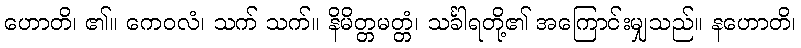
ဟောတိ၊ ၏။ ကေဝလံ၊ သက် သက်။ နိမိတ္တမတ္တံ၊ သင်္ခါရတို့၏ အကြောင်းမျှသည်။ နဟောတိ၊